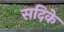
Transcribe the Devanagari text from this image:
सदिके